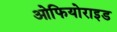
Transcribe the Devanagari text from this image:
ओफियोराइड